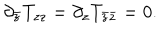
\partial _ { \bar { z } } T _ { z z } = \partial _ { z } T _ { \bar { z } \bar { z } } = 0 .